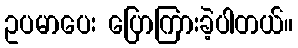
ဥပမာပေး ပြောကြားခဲ့ပါတယ်။